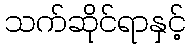
သက်ဆိုင်ရာနှင့်